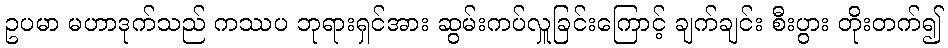
ဥပမာ မဟာဒုက်သည် ကဿပ ဘုရားရှင်အား ဆွမ်းကပ်လှူခြင်းကြောင့် ချက်ချင်း စီးပွား တိုးတက်၍